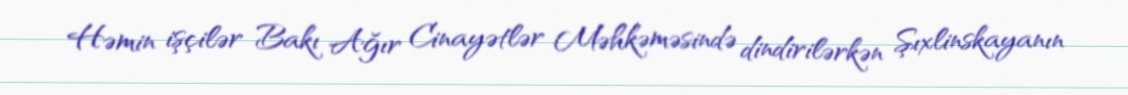
Həmin işçilər Bakı Ağır Cinayətlər Məhkəməsində dindirilərkən Şıxlinskayanın